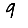
Digit: 9